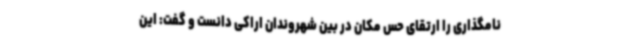
نامگذاری را ارتقای حس مکان در بین شهروندان اراکی دانست و گفت: این